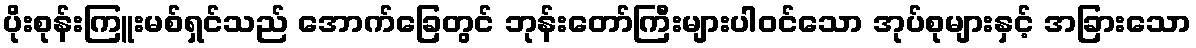
ပိုးစုန်းကြူးမစ်ရှင်သည် အောက်ခြေတွင် ဘုန်းတော်ကြီးများပါဝင်သော အုပ်စုများနှင့် အခြားသော